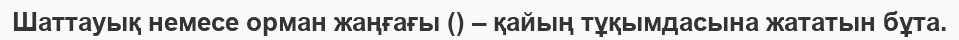
Шаттауық немесе орман жаңғағы () – қайың тұқымдасына жататын бұта.